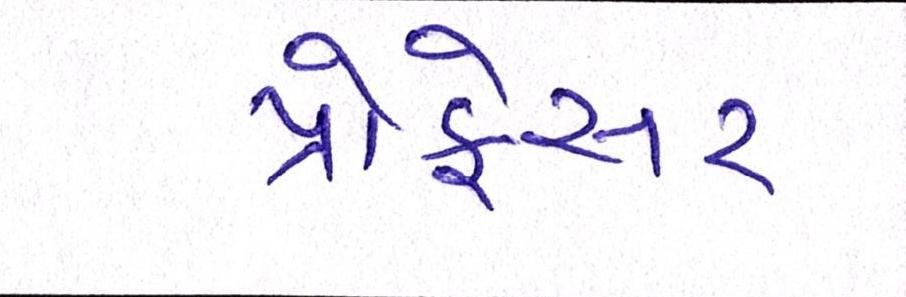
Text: પ્રોફેસર